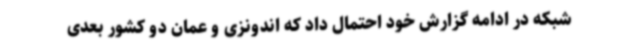
شبکه در ادامه گزارش خود احتمال داد که اندونزی و عمان دو کشور بعدی